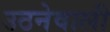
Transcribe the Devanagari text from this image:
उठनेवाली